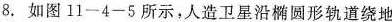
8.如图11-4-5所示，人造卫星沿椭圆形轨道绕地